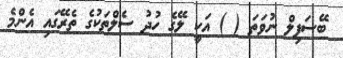
ބޭސަފިލް ނުވަތަ ( ) އަކީ ލޭގެ ހުދު ސެލްތަކުގެ ތެރޭގައި އެންމެ